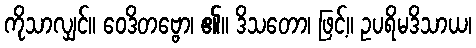
ကိုသာလျှင်။ ဝေဒိတဗ္ဗော၊ ၏။ ဒိသတော၊ ဖြင့်။ ဥပရိမဒိသာယ၊